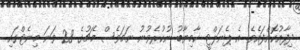
ދިފާއުކޮށްފައެވެ. އެ ޕެނަލްޓީ ކާމިޔާބު ނުކުރެވުނު ނަމަވެސް މެޗުގެ 28 ވަނަ މިނެޓްގައި